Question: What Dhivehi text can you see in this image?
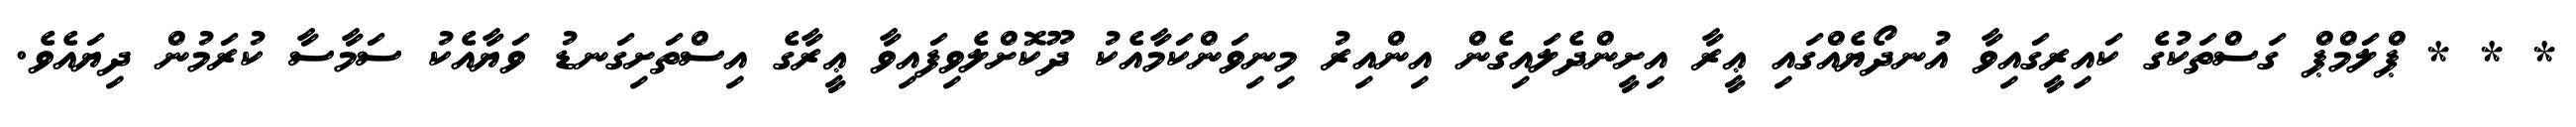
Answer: * * * ޕްލަމްޕް ގަސްތަކުގެ ކައިރީގައިވާ އުނދޯޔެއްގައި ޢީރާ އިށީންދެލައިގެން އިންއިރު މިނިވަންކަމާއެކު ދޫކޮށްލެވިފައިވާ ޢީރާގެ އިސްތަށިގަނޑު ވަޔާއެކު ސަމާސާ ކުރަމުން ދިޔައެވެ.